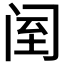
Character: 𨸅